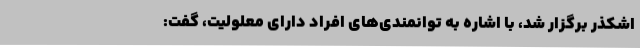
اشکذر برگزار شد، با اشاره به توانمندی‌های افراد دارای معلولیت، گفت: